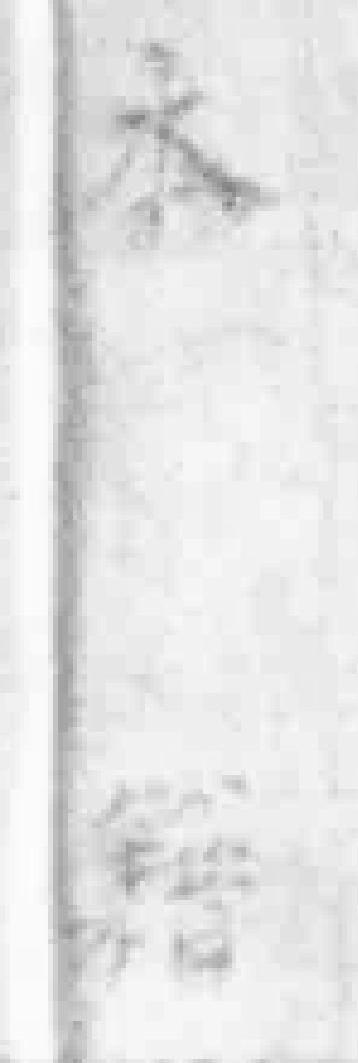
本籍